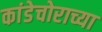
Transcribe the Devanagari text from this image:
कांडेचोराच्या